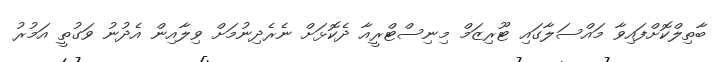
ބާތިލްކޮށްފައިވާ މައްސަލާގައި ޓޫރިޒަމް މިނިސްޓްރީއާ ދެކޮޅަށް ނެރެދިނުމަށް ވިލާއިން އެދުނު ވަގުތީ އަމުރު